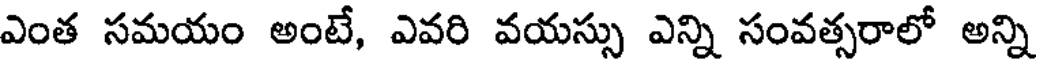
ఎంత సమయం అంటే, ఎవరి వయస్సు ఎన్ని సంవత్సరాలో అన్ని